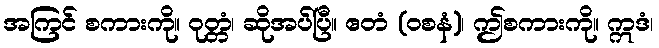
အကြင် စကားကို။ ဝုတ္တံ၊ ဆိုအပ်ပြီ။ ဧတံ (ဝစနံ)၊ ဤစကားကို။ ဣဒံ၊